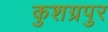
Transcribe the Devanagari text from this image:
कुशग्रपुर